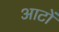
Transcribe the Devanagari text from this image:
आटों